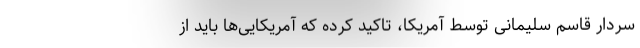
سردار قاسم سلیمانی توسط آمریکا، تاکید کرده که آمریکایی‌ها باید از